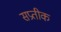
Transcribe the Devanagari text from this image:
सप्रतीक